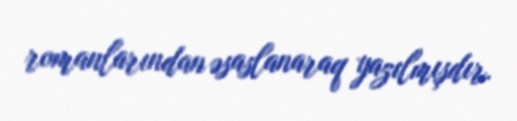
romanlarından əsaslanaraq yazılmışdır.